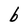
Character: b